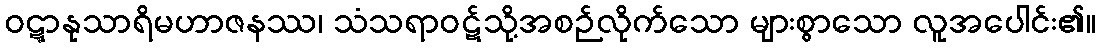
ဝဋ္ဋာနုသာရိမဟာဇနဿ၊ သံသရာဝဋ်သို့အစဉ်လိုက်သော များစွာသော လူအပေါင်း၏။